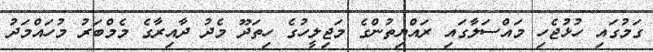
ގަމުގައި ހުޅުޖެހި މައްސަލާގައި ރައްޔިތުންގެ މަޖިލީހުގެ ހިތަދޫ މެދު ދާއިރާގެ މެމްބަރު މުހައްމަދު